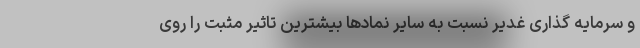
و سرمایه گذاری غدیر نسبت به سایر نمادها بیشترین تاثیر مثبت را روی